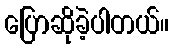
ပြောဆိုခဲ့ပါတယ်။